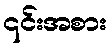
၎င်းအစား